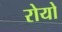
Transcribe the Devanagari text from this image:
रोयो